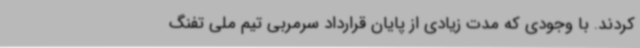
کردند. با وجودی که مدت زیادی از پایان قرارداد سرمربی تیم ملی تفنگ